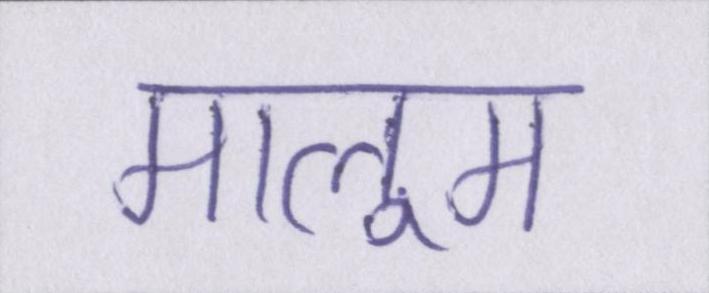
मालूम